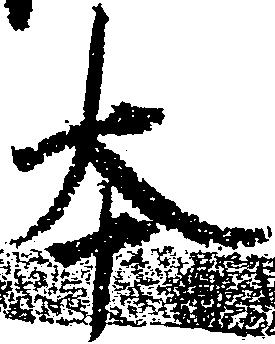
本